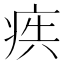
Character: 𭼋